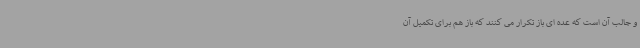
و جالب آن است که عده ای باز تکرار می کنند که باز هم برای تکمیل آن